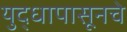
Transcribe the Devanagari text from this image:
युद्धापासूनचे